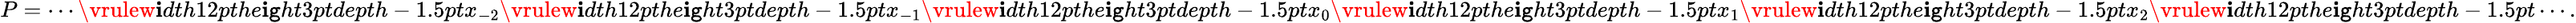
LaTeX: P=\cdots\mathord{\vrulew\mathbf{i}dth12pthe\mathbf{i}\mathtt{g}ht3ptdepth-1.5pt}x_{-2}\mathord{\vrulew\mathbf{i}dth12pthe\mathbf{i}\mathtt{g}ht3ptdepth-1.5pt}x_{-1}\mathord{\vrulew\mathbf{i}dth12pthe\mathbf{i}\mathtt{g}ht3ptdepth-1.5pt}x_{0}\mathord{\vrulew\mathbf{i}dth12pthe\mathbf{i}\mathtt{g}ht3ptdepth-1.5pt}x_{1}\mathord{\vrulew\mathbf{i}dth12pthe\mathbf{i}\mathtt{g}ht3ptdepth-1.5pt}x_{2}\mathord{\vrulew\mathbf{i}dth12pthe\mathbf{i}\mathtt{g}ht3ptdepth-1.5pt}\cdots.